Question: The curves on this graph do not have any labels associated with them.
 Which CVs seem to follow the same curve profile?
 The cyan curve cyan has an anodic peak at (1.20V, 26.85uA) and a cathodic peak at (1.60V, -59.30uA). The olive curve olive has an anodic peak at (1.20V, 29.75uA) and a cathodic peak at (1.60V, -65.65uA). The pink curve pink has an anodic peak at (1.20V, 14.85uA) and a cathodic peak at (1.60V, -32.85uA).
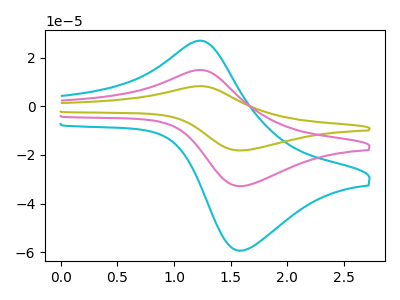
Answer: <think>All the peaks in "cyan" have a peak in "olive" at the same potential. Every peak in "cyan" is lower than every peak in "olive". All the peaks in "cyan" have a peak in "pink" at the same potential. Every peak in "cyan" is higher than every peak in "pink". All the peaks in "olive" have a peak in "pink" at the same potential. Every peak in "olive" is higher than every peak in "pink".
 </think>
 <answer>"cyan", "olive" and "pink" have the same shape and are likely CV's of the same chemical.</answer>
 <eval>"cyan" "olive" "pink"</eval>